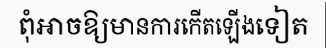
ពុំអាចឱ្យមានការកើតឡើងទៀត